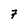
Character: 7